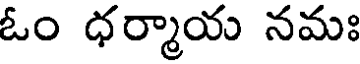
ఓం ధర్మాయ నమః